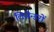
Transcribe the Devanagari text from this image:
लिसेन्डरों